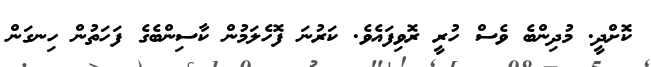
ކޮށްދީ. މުދިންބެ ވެސް ހުރީ ރޮވިފައެވެ. ކަރުނަ ފޮހެލަމުން ކާސިންބެގެ ފަހަތުން ހިނގަން